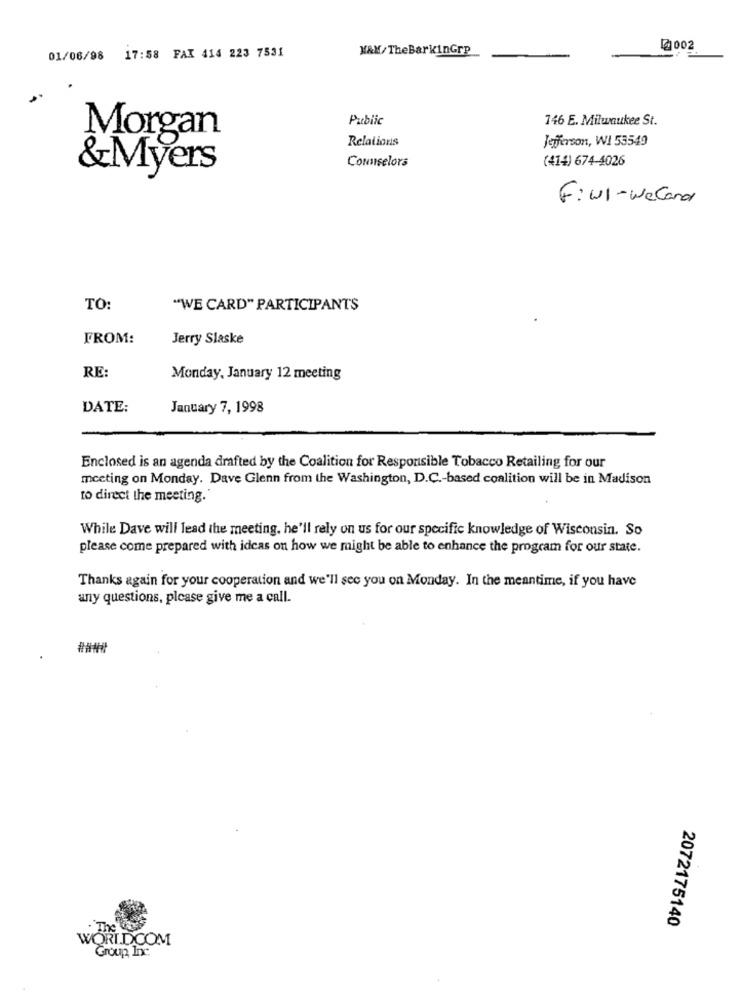
MAX/TheBarkinGrp
@002
01/06/98
17:58 FAX 414 223 7531
Public
146 E. Milumukee St.
Morgan
Relations
Jefferson, WI 53549
Counselors
(414) 674-4026
&Myers
F:Nl-Weland
TO:
"WE CARD" PARTICIPANTS
FROM:
Jerry Slaske
RE:
Monday, January 12 meeting
DATE:
January 7, 1998
Enclosed is an agenda drafted by the Coalition for Responsible Tobacco Retailing for our
meeting on Monday. Dave Glenn from the Washington, D.C .- based coalition will be in Madison
to direct the meeting.
While Dave will lead the meeting. he'll rely on us for our specific knowledge of Wisconsin. So
please come prepared with ideas on how we might be able to enhance the program for our state.
Thanks again for your cooperation and we'll see you on Monday. In the meantime, if you have
any questions, please give me a call.
2072175140
WORLDCOM
Group Inc